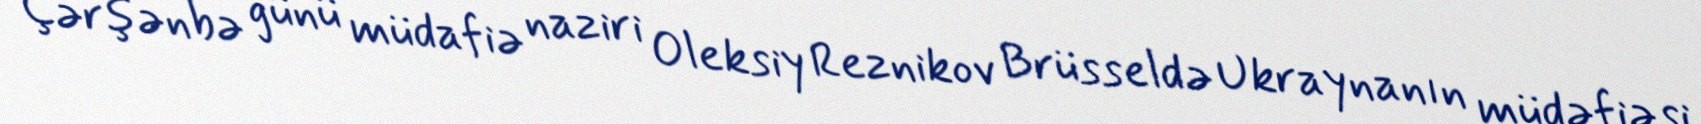
Çərşənbə günü müdafiə naziri Oleksiy Reznikov Brüsseldə Ukraynanın müdəfiəsi